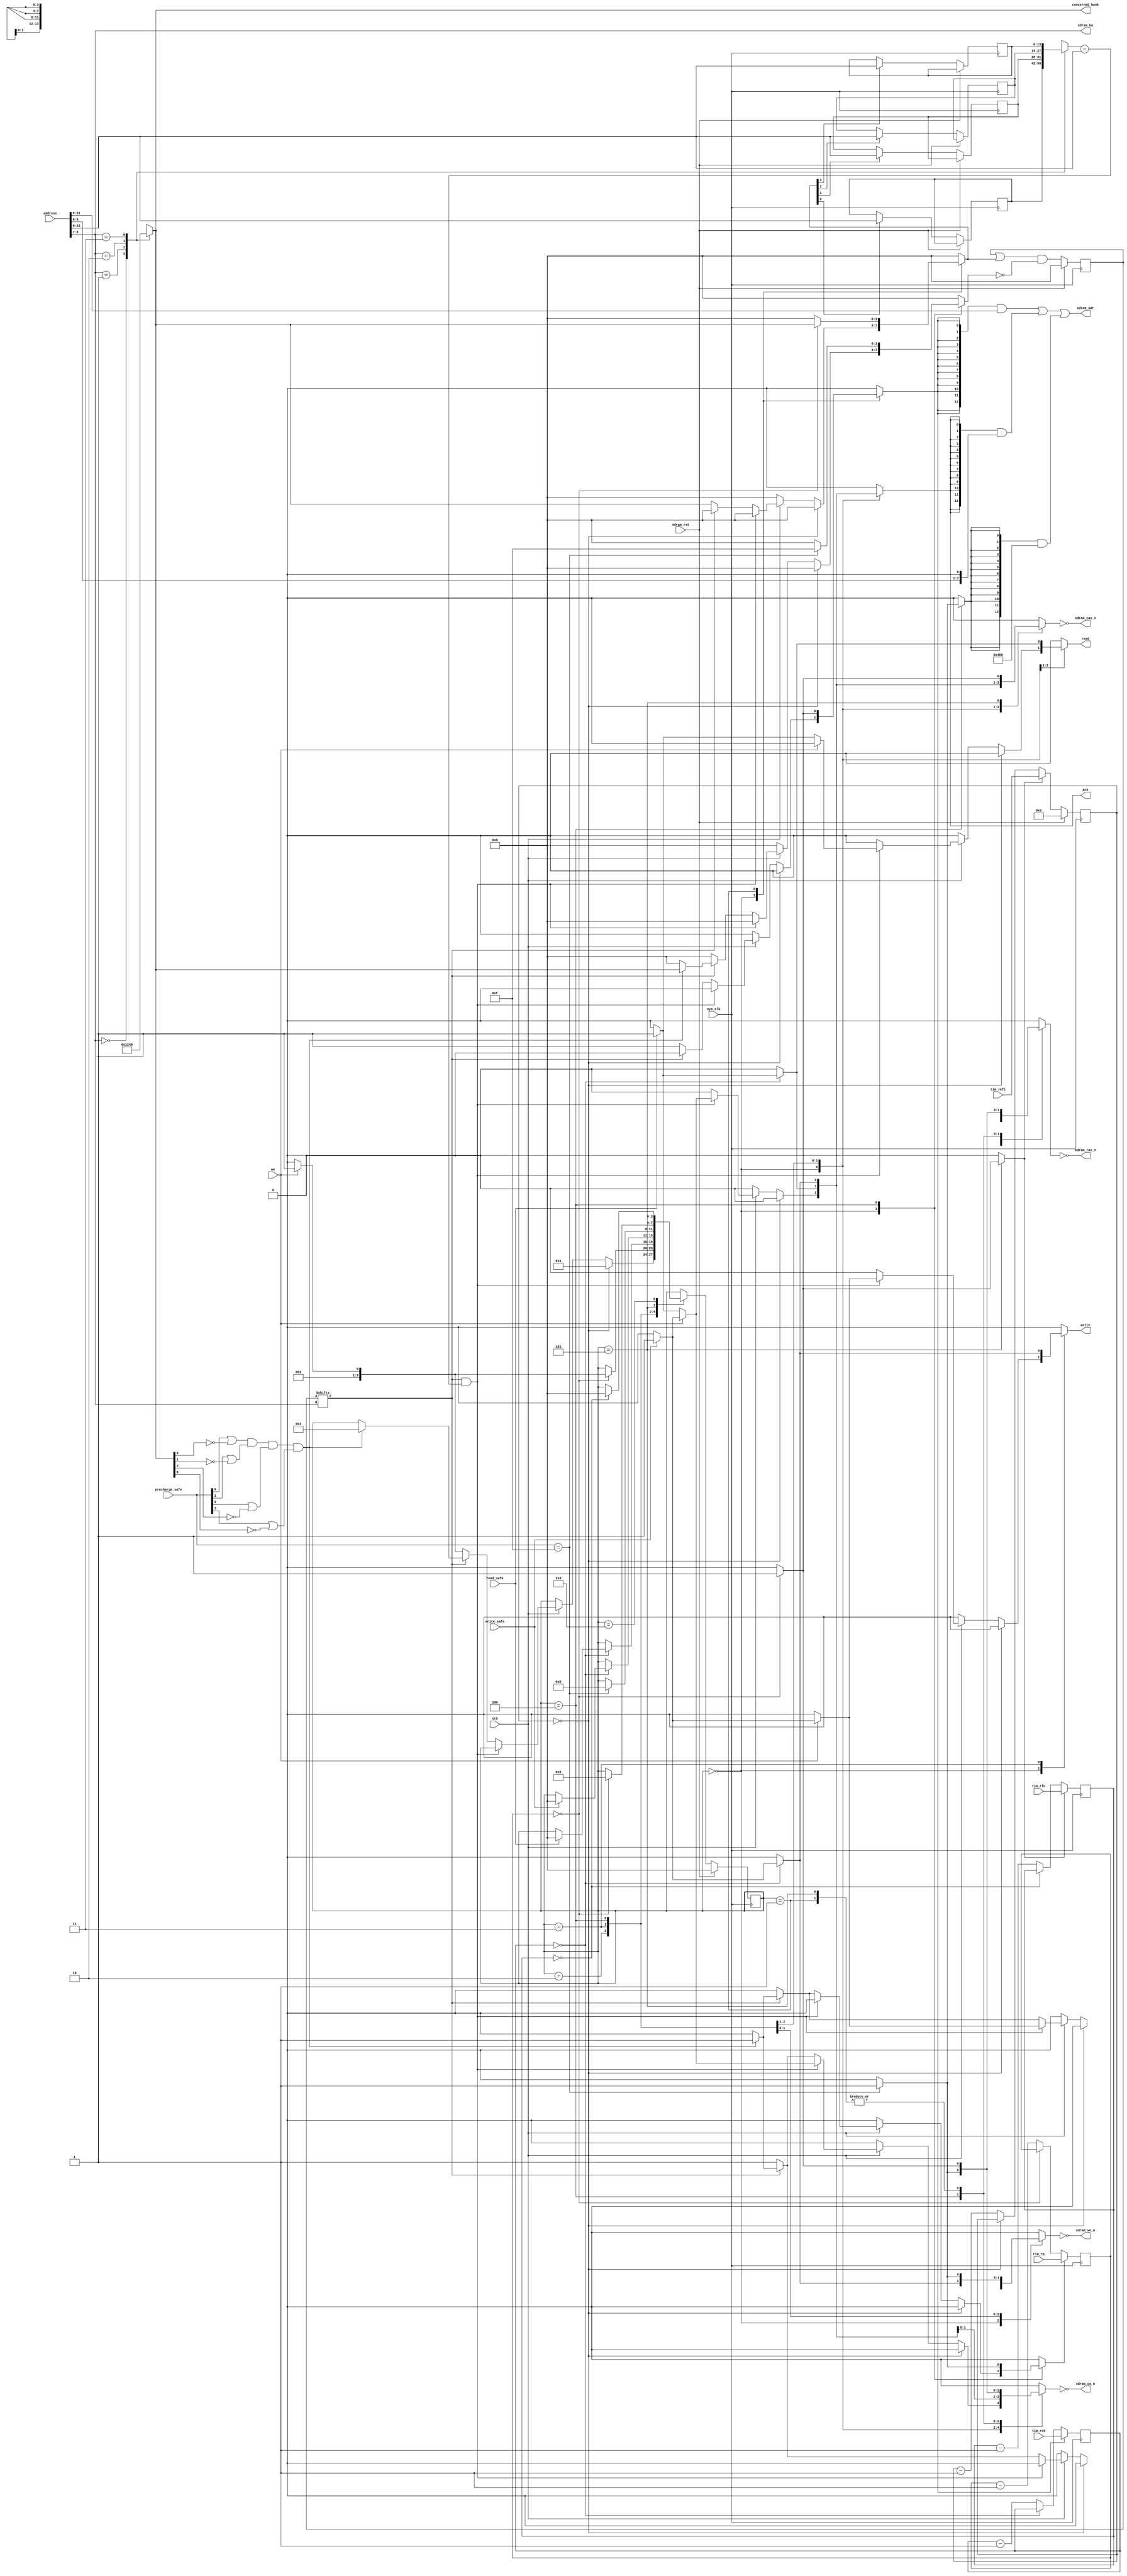
/*
 * High Performance Dynamic Memory Controller
 * Copyright (C) 2008, 2009 Sebastien Bourdeauducq - http://lekernel.net
 * This file is part of HPDMC.
 *
 * HPDMC is free software; you can redistribute it and/or modify it
 * under the terms of the GNU Library General Public License as published
 * by the Free Software Foundation; either version 2, or (at your option)
 * any later version.
 *
 * This program is distributed in the hope that it will be useful,
 * but WITHOUT ANY WARRANTY; without even the implied warranty of
 * MERCHANTABILITY or FITNESS FOR A PARTICULAR PURPOSE.  See the GNU
 * Library General Public License for more details.
 *
 * You should have received a copy of the GNU Library General Public
 * License along with this program; if not, write to the Free Software
 * Foundation, Inc., 51 Franklin Street, Fifth Floor, Boston, MA 02110-1301,
 * USA.
 */

module hpdmc_mgmt #(
	parameter sdram_depth = 26,
	parameter sdram_columndepth = 8
) (
	input sys_clk,
	input sdram_rst,
	
	input [2:0] tim_rp,
	input [2:0] tim_rcd,
	input [10:0] tim_refi,
	input [3:0] tim_rfc,
	
	input stb,
	input we,
	input [sdram_depth-3-1:0] address, /* in 64-bit words */
	output reg ack,
	
	output reg read,
	output reg write,
	output [3:0] concerned_bank,
	input read_safe,
	input write_safe,
	input [3:0] precharge_safe,
	
	output sdram_cs_n,
	output sdram_we_n,
	output sdram_cas_n,
	output sdram_ras_n,
	output [12:0] sdram_adr,
	output [1:0] sdram_ba
);

/*
 * Address Mapping :
 * |    ROW ADDRESS   |    BANK NUMBER    |  COL ADDRESS  | for 32-bit words
 * |depth-1 coldepth+2|coldepth+1 coldepth|coldepth-1    0|
 * (depth for 32-bit words, which is sdram_depth-2)
 */

parameter rowdepth = sdram_depth-2-1-(sdram_columndepth+2)+1;

wire [sdram_depth-2-1:0] address32 = {address, 1'b0};

wire [sdram_columndepth-1:0] col_address = address32[sdram_columndepth-1:0];
wire [1:0] bank_address = address32[sdram_columndepth+1:sdram_columndepth];
wire [rowdepth-1:0] row_address = address32[sdram_depth-2-1:sdram_columndepth+2];

reg [3:0] bank_address_onehot;
always @(*) begin
	case(bank_address)
		2'b00: bank_address_onehot <= 4'b0001;
		2'b01: bank_address_onehot <= 4'b0010;
		2'b10: bank_address_onehot <= 4'b0100;
		2'b11: bank_address_onehot <= 4'b1000;
	endcase
end

/* Track open rows */
reg [3:0] has_openrow;
reg [rowdepth-1:0] openrows[0:3];
reg [3:0] track_close;
reg [3:0] track_open;

always @(posedge sys_clk) begin
	if(sdram_rst) begin
		has_openrow = 4'h0;
	end else begin
		has_openrow = (has_openrow | track_open) & ~track_close;
		
		if(track_open[0]) openrows[0] <= row_address;
		if(track_open[1]) openrows[1] <= row_address;
		if(track_open[2]) openrows[2] <= row_address;
 		if(track_open[3]) openrows[3] <= row_address;
	end
end

/* Bank precharge safety */
assign concerned_bank = bank_address_onehot;
wire current_precharge_safe =
	 (precharge_safe[0] | ~bank_address_onehot[0])
	&(precharge_safe[1] | ~bank_address_onehot[1])
	&(precharge_safe[2] | ~bank_address_onehot[2])
	&(precharge_safe[3] | ~bank_address_onehot[3]);


/* Check for page hits */
wire bank_open = has_openrow[bank_address];
wire page_hit = bank_open & (openrows[bank_address] == row_address);

/* Address drivers */
reg sdram_adr_loadrow;
reg sdram_adr_loadcol;
reg sdram_adr_loadA10;
assign sdram_adr =
	 ({13{sdram_adr_loadrow}}	& row_address)
	|({13{sdram_adr_loadcol}}	& col_address)
	|({13{sdram_adr_loadA10}}	& 13'd1024);

assign sdram_ba = bank_address;

/* Command drivers */
reg sdram_cs;
reg sdram_we;
reg sdram_cas;
reg sdram_ras;
assign sdram_cs_n = ~sdram_cs;
assign sdram_we_n = ~sdram_we;
assign sdram_cas_n = ~sdram_cas;
assign sdram_ras_n = ~sdram_ras;

/* Timing counters */

/* The number of clocks we must wait following a PRECHARGE command (usually tRP). */
reg [2:0] precharge_counter;
reg reload_precharge_counter;
wire precharge_done = (precharge_counter == 3'd0);
always @(posedge sys_clk) begin
	if(reload_precharge_counter)
		precharge_counter <= tim_rp;
	else if(~precharge_done)
		precharge_counter <= precharge_counter - 3'd1;
end

/* The number of clocks we must wait following an ACTIVATE command (usually tRCD). */
reg [2:0] activate_counter;
reg reload_activate_counter;
wire activate_done = (activate_counter == 3'd0);
always @(posedge sys_clk) begin
	if(reload_activate_counter)
		activate_counter <= tim_rcd;
	else if(~activate_done)
		activate_counter <= activate_counter - 3'd1;
end

/* The number of clocks we have left before we must refresh one row in the SDRAM array (usually tREFI). */
reg [10:0] refresh_counter;
reg reload_refresh_counter;
wire must_refresh = refresh_counter == 11'd0;
always @(posedge sys_clk) begin
	if(sdram_rst)
		refresh_counter <= 11'd0;
	else begin
		if(reload_refresh_counter)
			refresh_counter <= tim_refi;
		else if(~must_refresh)
			refresh_counter <= refresh_counter - 11'd1;
	end
end

/* The number of clocks we must wait following an AUTO REFRESH command (usually tRFC). */
reg [3:0] autorefresh_counter;
reg reload_autorefresh_counter;
wire autorefresh_done = (autorefresh_counter == 4'd0);
always @(posedge sys_clk) begin
	if(reload_autorefresh_counter)
		autorefresh_counter <= tim_rfc;
	else if(~autorefresh_done)
		autorefresh_counter <= autorefresh_counter - 4'd1;
end

/* FSM that pushes commands into the SDRAM */

reg [3:0] state;
reg [3:0] next_state;

parameter IDLE			= 4'd0;
parameter ACTIVATE		= 4'd1;
parameter READ			= 4'd2;
parameter WRITE			= 4'd3;
parameter PRECHARGEALL		= 4'd4;
parameter AUTOREFRESH		= 4'd5;
parameter AUTOREFRESH_WAIT	= 4'd6;

always @(posedge sys_clk) begin
	if(sdram_rst)
		state <= IDLE;
	else begin
		//$display("state: %d -> %d", state, next_state);
		state <= next_state;
	end
end

always @(*) begin
	next_state = state;
	
	reload_precharge_counter = 1'b0;
	reload_activate_counter = 1'b0;
	reload_refresh_counter = 1'b0;
	reload_autorefresh_counter = 1'b0;
	
	sdram_cs = 1'b0;
	sdram_we = 1'b0;
	sdram_cas = 1'b0;
	sdram_ras = 1'b0;
	
	sdram_adr_loadrow = 1'b0;
	sdram_adr_loadcol = 1'b0;
	sdram_adr_loadA10 = 1'b0;
	
	track_close = 4'b0000;
	track_open = 4'b0000;
	
	read = 1'b0;
	write = 1'b0;
	
	ack = 1'b0;
	
	case(state)
		IDLE: begin
			if(must_refresh)
				next_state = PRECHARGEALL;
			else begin
				if(stb) begin
					if(page_hit) begin
						if(we) begin
							if(write_safe) begin
								/* Write */
								sdram_cs = 1'b1;
								sdram_ras = 1'b0;
								sdram_cas = 1'b1;
								sdram_we = 1'b1;
								sdram_adr_loadcol = 1'b1;
								
								write = 1'b1;
								ack = 1'b1;
							end
						end else begin
							if(read_safe) begin
								/* Read */
								sdram_cs = 1'b1;
								sdram_ras = 1'b0;
								sdram_cas = 1'b1;
								sdram_we = 1'b0;
								sdram_adr_loadcol = 1'b1;
								
								read = 1'b1;
								ack = 1'b1;
							end
						end
					end else begin
						if(bank_open) begin
							if(current_precharge_safe) begin
								/* Precharge Bank */
								sdram_cs = 1'b1;
								sdram_ras = 1'b1;
								sdram_cas = 1'b0;
								sdram_we = 1'b1;
								
								track_close = bank_address_onehot;
								reload_precharge_counter = 1'b1;
								next_state = ACTIVATE;
							end
						end else begin
							/* Activate */
							sdram_cs = 1'b1;
							sdram_ras = 1'b1;
							sdram_cas = 1'b0;
							sdram_we = 1'b0;
							sdram_adr_loadrow = 1'b1;
				
							track_open = bank_address_onehot;
							reload_activate_counter = 1'b1;
							if(we)
								next_state = WRITE;
							else
								next_state = READ;
						end
					end
				end
			end
		end
		
		ACTIVATE: begin
			if(precharge_done) begin
				sdram_cs = 1'b1;
				sdram_ras = 1'b1;
				sdram_cas = 1'b0;
				sdram_we = 1'b0;
				sdram_adr_loadrow = 1'b1;
				
				track_open = bank_address_onehot;
				reload_activate_counter = 1'b1;
				if(we)
					next_state = WRITE;
				else
					next_state = READ;
			end
		end
		READ: begin
			if(activate_done) begin
				if(read_safe) begin
					sdram_cs = 1'b1;
					sdram_ras = 1'b0;
					sdram_cas = 1'b1;
					sdram_we = 1'b0;
					sdram_adr_loadcol = 1'b1;
					
					read = 1'b1;
					ack = 1'b1;
					next_state = IDLE;
				end
			end
		end
		WRITE: begin
			if(activate_done) begin
				if(write_safe) begin
					sdram_cs = 1'b1;
					sdram_ras = 1'b0;
					sdram_cas = 1'b1;
					sdram_we = 1'b1;
					sdram_adr_loadcol = 1'b1;
					
					write = 1'b1;
					ack = 1'b1;
					next_state = IDLE;
				end
			end
		end
		
		PRECHARGEALL: begin
			if(precharge_safe == 4'b1111) begin
				sdram_cs = 1'b1;
				sdram_ras = 1'b1;
				sdram_cas = 1'b0;
				sdram_we = 1'b1;
				sdram_adr_loadA10 = 1'b1;
	
				reload_precharge_counter = 1'b1;
				
				track_close = 4'b1111;
				
				next_state = AUTOREFRESH;
			end
		end
		AUTOREFRESH: begin
			if(precharge_done) begin
				sdram_cs = 1'b1;
				sdram_ras = 1'b1;
				sdram_cas = 1'b1;
				sdram_we = 1'b0;
				reload_refresh_counter = 1'b1;
				reload_autorefresh_counter = 1'b1;
				next_state = AUTOREFRESH_WAIT;
			end
		end
		AUTOREFRESH_WAIT: begin
			if(autorefresh_done)
				next_state = IDLE;
		end
		
	endcase
end

endmodule